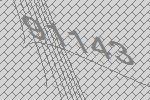
91143